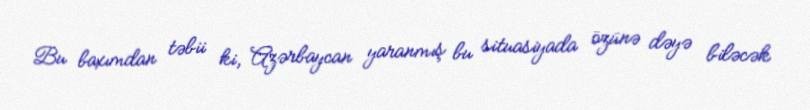
Bu baxımdan təbii ki, Azərbaycan yaranmış bu situasiyada özünə dəyə biləcək